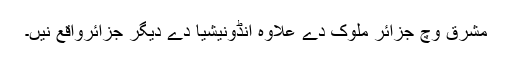
مشرق وچ جزائر ملوک دے علاوہ انڈونیشیا دے دیگر جزائرواقع نیں۔